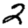
Digit: 2